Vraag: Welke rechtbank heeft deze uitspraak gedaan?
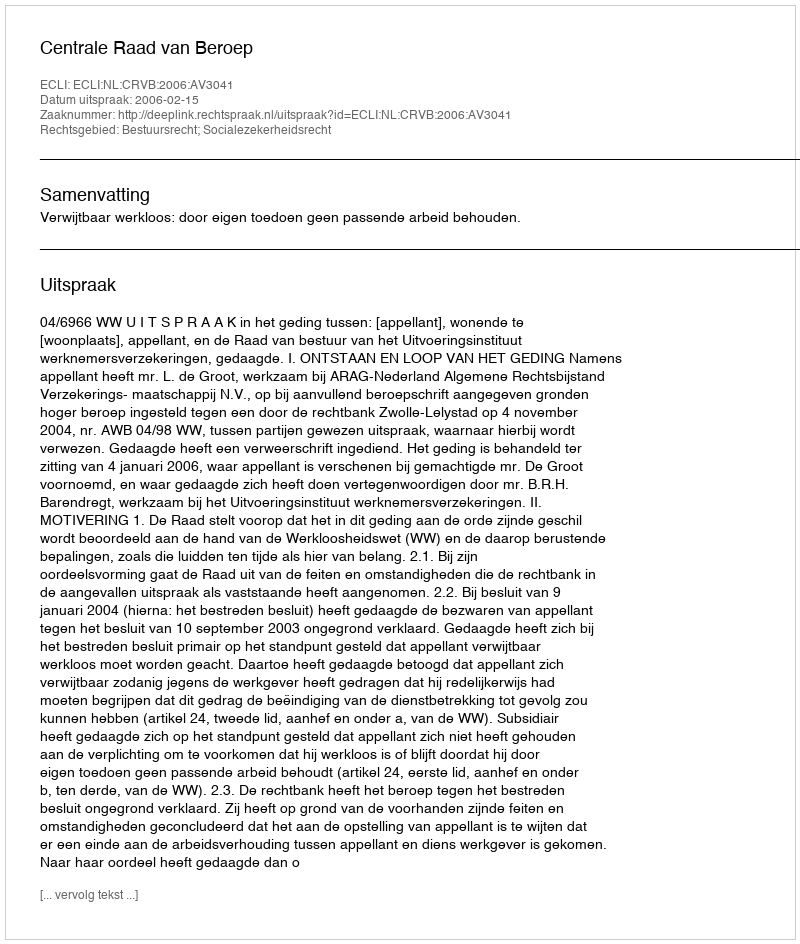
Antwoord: Centrale Raad van Beroep